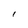
Character: I